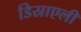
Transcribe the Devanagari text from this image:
डिस्राएली